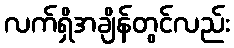
လက်ရှိအချိန်တွင်လည်း